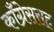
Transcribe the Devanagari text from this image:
काँग्रेससह